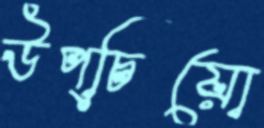
উপ্‌চিয়ো